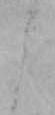
よ